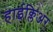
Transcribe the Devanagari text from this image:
हाईक्लिअर